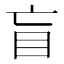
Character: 盲